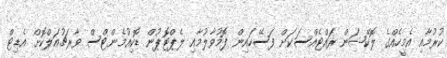
ކުރުމާއި އެމީހެއްގެ ލޮކޭޝަން ރައްޓެއްސަކަށް ފަސޭހައިން ފޮމުވާލުމާއި ލެޕްޓޮޕުން ޑޮކިއުމެންޓްސް ވާރޗުއަލްކޮށް އެޑިޓް